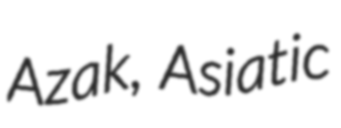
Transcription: Azak, Asiatic